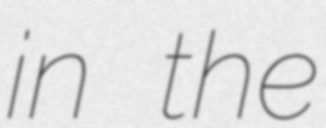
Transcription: in the